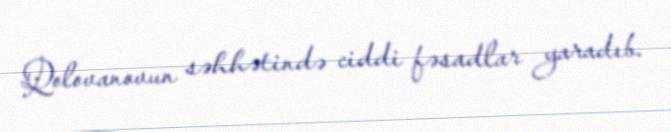
Qolovanovun səhhətində ciddi fəsadlar yaradıb.